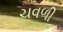
ચવળી